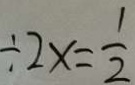
\div 2 x = \frac { 1 } { 2 }